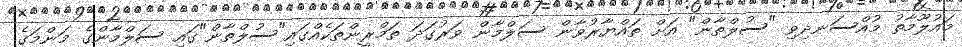
މައުލޫމާތު މުއްސަނދިވި "ސުލްތާން" އަށް ތައްޔާރުވާން ސަލްމާން ވަރުގަދަ ތަމްރީންތަކެއްގައި"ސުލްތާން"ގައި ސަލްމާންގެ މަންމަގެ